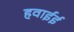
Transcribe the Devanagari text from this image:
हवाईई